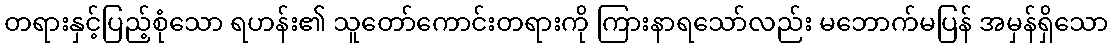
တရားနှင့်ပြည့်စုံသော ရဟန်း၏ သူတော်ကောင်းတရားကို ကြားနာရသော်လည်း မဘောက်မပြန် အမှန်ရှိသော